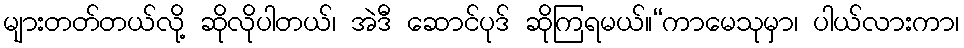
များတတ်တယ်လို့ ဆိုလိုပါတယ်၊ အဲဒီ ဆောင်ပုဒ် ဆိုကြရမယ်။“ကာမေသုမှာ၊ ပါယ်လားကာ၊